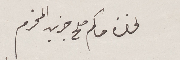
لحضرة حاكم صلح جزين المحترم